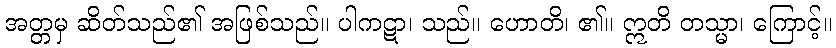
အတ္တမှ ဆိတ်သည်၏ အဖြစ်သည်။ ပါကဋာ၊ သည်။ ဟောတိ၊ ၏။ ဣတိ တသ္မာ၊ ကြောင့်။